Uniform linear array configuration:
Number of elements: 32
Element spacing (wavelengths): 0.75
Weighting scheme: uniform
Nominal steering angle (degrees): -60
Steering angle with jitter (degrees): -61.873
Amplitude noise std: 0.05
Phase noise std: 0.05

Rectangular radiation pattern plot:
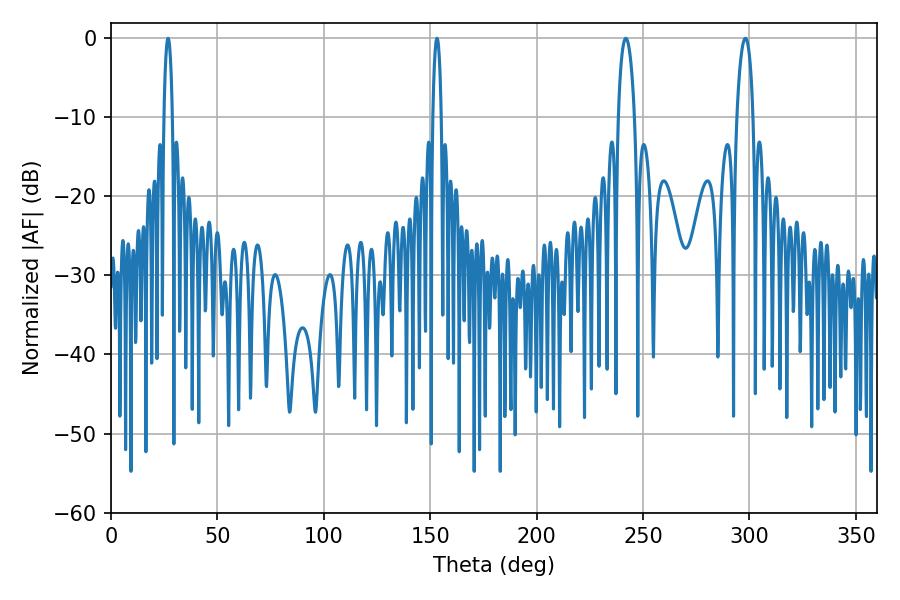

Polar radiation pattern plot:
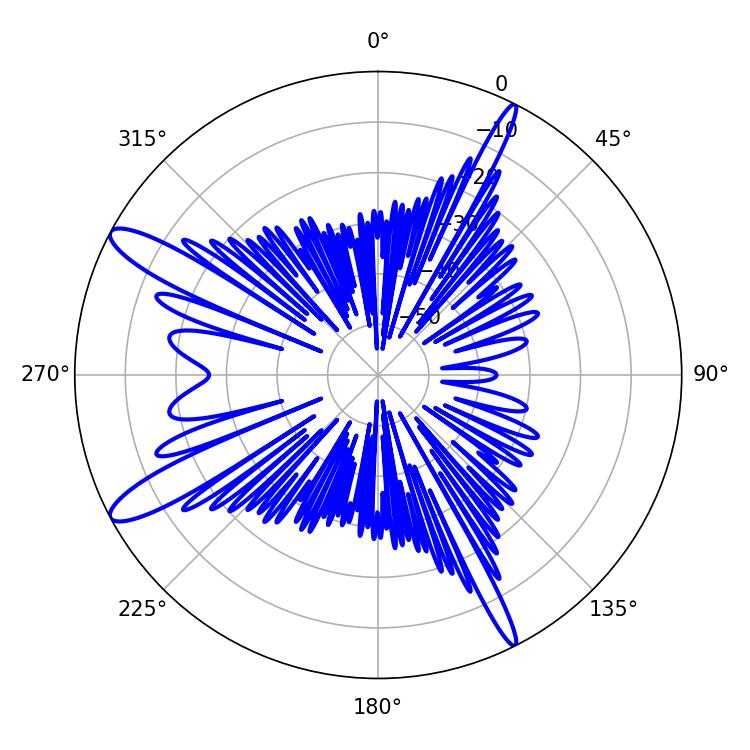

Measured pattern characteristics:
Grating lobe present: TRUE
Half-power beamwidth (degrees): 2.16
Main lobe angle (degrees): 153.18